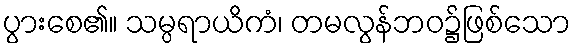
ပွားစေ၏။ သမ္ပရာယိကံ၊ တမလွန်ဘဝ၌ဖြစ်သော